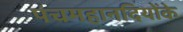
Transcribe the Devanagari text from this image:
पंचमहानदियोंके